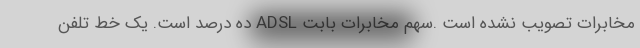
مخابرات تصویب نشده است .سهم مخابرات بابت ADSL ده درصد است. یک خط تلفن